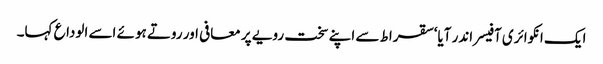
ایک انکوائری آفیسر اندر آیا‘ سقراط سے اپنے سخت رویے پر معافی اور روتے ہوئے اسے الوداع کہا۔